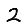
Digit: 2